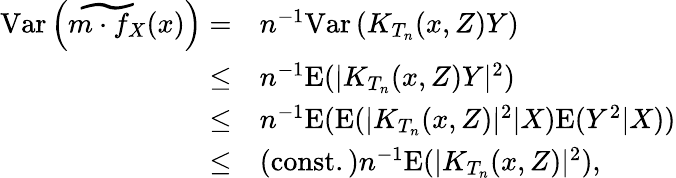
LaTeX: \begin{array}{rl}{\mathrm{Var}\left(\widetilde{m\cdot f_{X}}(x)\right)=}&{n^{-1}\mathrm{Var}\left(K_{T_{n}}(x,Z)Y\right)}\\ {\leq}&{n^{-1}\mathrm{E}(|K_{T_{n}}(x,Z)Y|^{2})}\\ {\leq}&{n^{-1}\mathrm{E}(\mathrm{E}(|K_{T_{n}}(x,Z)|^{2}|X)\mathrm{E}(Y^{2}|X))}\\ {\leq}&{\mathrm{(const.)}n^{-1}\mathrm{E}(|K_{T_{n}}(x,Z)|^{2}),}\end{array}